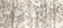
المرعب